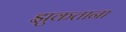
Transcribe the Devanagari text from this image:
झुकताना